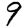
Digit: 9